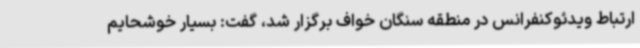
ارتباط ویدئوکنفرانس در منطقه سنگان خواف برگزار شد، گفت: بسیار خوشحایم